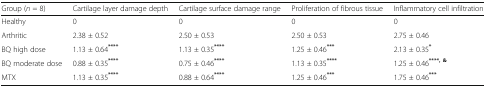
<table><thead><tr><td><b>Group (<i>n</i> = 8)</b></td><td><b>Cartilage layer damage depth</b></td><td><b>Cartilage surface damage range</b></td><td><b>Proliferation of fibrous tissue</b></td><td><b>Inflammatory cell infiltration</b></td></tr></thead><tbody><tr><td>Healthy</td><td>0</td><td>0</td><td>0</td><td>0</td></tr><tr><td>Arthritic</td><td>2.38 ± 0.52</td><td>2.50 ± 0.53</td><td>2.50 ± 0.53</td><td>2.75 ± 0.46</td></tr><tr><td>BQ high dose</td><td>1.13 ± 0.64<sup><b>****</b></sup></td><td>1.13 ± 0.35<sup><b>****</b></sup></td><td>1.25 ± 0.46<sup><b>***</b></sup></td><td>2.13 ± 0.35<sup><b>*</b></sup></td></tr><tr><td>BQ moderate dose</td><td>0.88 ± 0.35<sup><b>****</b></sup></td><td>0.75 ± 0.46<sup><b>****</b></sup></td><td>1.13 ± 0.35<sup><b>****</b></sup></td><td>1.25 ± 0.46<sup><b>****, &amp;</b></sup></td></tr><tr><td>MTX</td><td>1.13 ± 0.35<sup><b>****</b></sup></td><td>0.88 ± 0.64<sup><b>****</b></sup></td><td>1.25 ± 0.46<sup><b>***</b></sup></td><td>1.75 ± 0.46<sup><b>***</b></sup></td></tr></tbody></table>